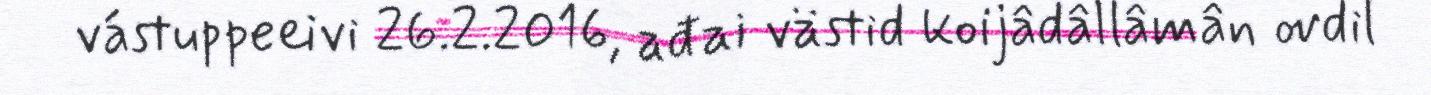
vástuppeeivi 26.2.2016, ađai västid koijâdâllâmân ovdil